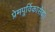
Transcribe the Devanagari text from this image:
प्रेमपूर्विकासेवा।